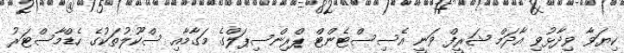
ކިޔަވާ ވިދާޅުވި އާދަމް ޝަރީފް ވަނީ އެސިސްޓެންޓް ޕްރިންސިޕަލްގެ މަގާމާއި ސްކޫލުތަކުގެ ހެޑްމާސްޓަރު